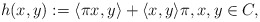
\begin{align*} h(x,y) := \langle \pi x, y \rangle + \langle x,y \rangle \pi, x,y \in C,\end{align*}